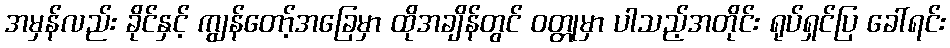
အမှန်လည်း ခိုင်နှင့် ကျွန်တော့်အခြေမှာ ထိုအချိန်တွင် ဝတ္တုမှာ ပါသည့်အတိုင်း ရုပ်ရှင်ပြ ခေါ်ရင်း